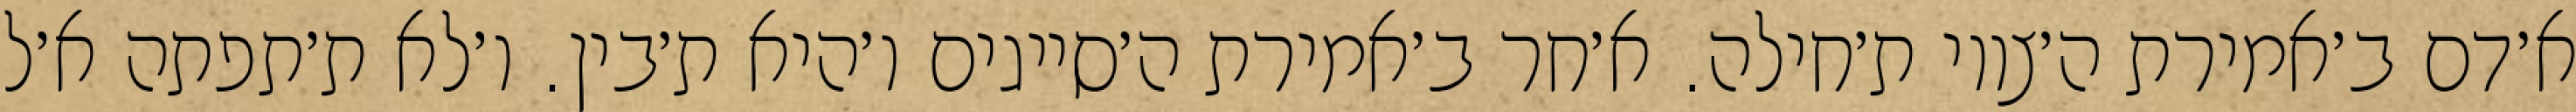
א׳דם ב׳אמירת ה׳צווי ת׳חילה. א׳חר ב׳אמירת ה׳סייגים ו׳היא ת׳בין. ו׳לא ת׳תפתה א׳ל